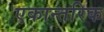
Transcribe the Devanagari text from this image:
एकान्तरिक